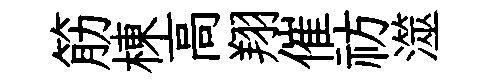
筋棟高翔催祊澨